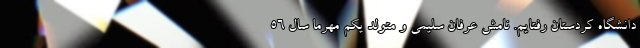
دانشگاه کردستان رفتایم. نامش عرفان سلیمی و متولد یکم مهرما سال ۵۶